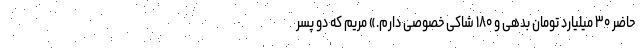
حاضر ۳۰ میلیارد تومان بدهی و ۱۸۰ شاکی خصوصی دارم.» مریم که دو پسر